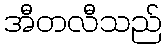
အီတလီသည်